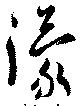
濛